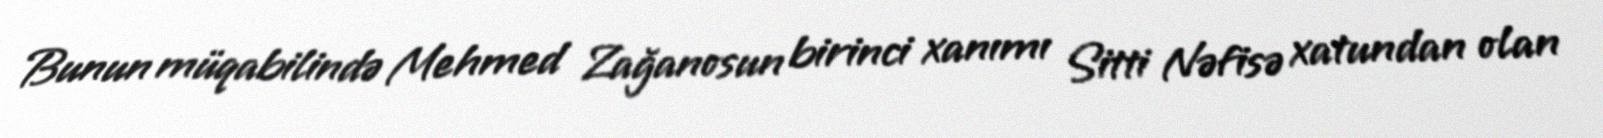
Bunun müqabilində Mehmed Zağanosun birinci xanımı Sitti Nəfisə xatundan olan